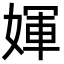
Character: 媈